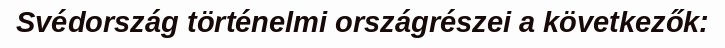
Svédország történelmi országrészei a következők: